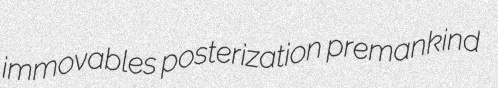
immovables posterization premankind